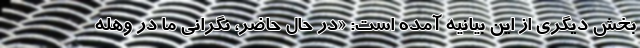
بخش دیگری از این بیانیه آمده است: «در حال حاضر، نگرانی ما در وهله